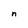
Character: n